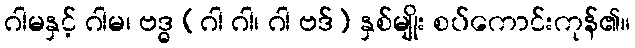
ဂါမနှင့် ဂါမ၊ ဗဒ္ဓ (ဂါ ဂါ၊ ဂါ ဗဒ်) နှစ်မျိုး စပ်ကောင်းကုန်၏။